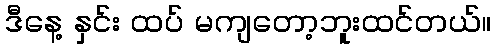
ဒီနေ့ နှင်း ထပ် မကျတော့ဘူးထင်တယ်။